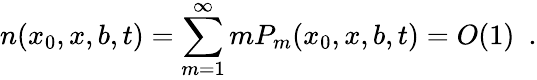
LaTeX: n(x_{0},x,b,t)=\sum_{m=1}^{\infty}mP_{m}(x_{0},x,b,t)=O(1)\ \ .